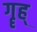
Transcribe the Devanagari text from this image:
गॄह्